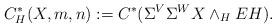
LaTeX: \begin{align*}C^*_{H} (X,m,n) := C^* (\Sigma^V \Sigma^W X \wedge_H EH ). \end{align*}